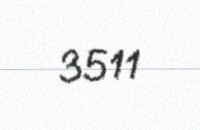
3511